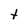
Character: t